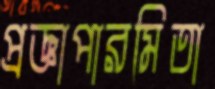
প্রজ্ঞাপারমিতা